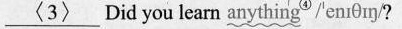
\underline{<3>} Did you learn anything^④/eniθmy/?